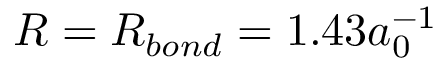
R = R _ { b o n d } = 1 . 4 3 a _ { 0 } ^ { - 1 }